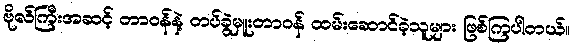
ဗိုလ်ကြီးအဆင့် တာဝန်နဲ့ တပ်ခွဲမှူးတာဝန် ထမ်းဆောင်ခဲ့သူများ ဖြစ်ကြပါတယ်။